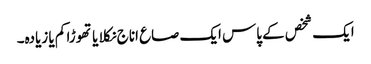
ایک شخص کے پاس ایک صاع اناج نکلا یا تھوڑا کم یا زیادہ۔